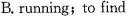
B. running;to find